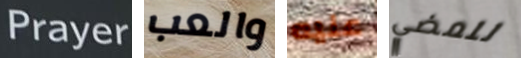
Prayer والعب عليه للمضي